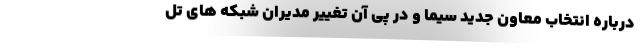
درباره انتخاب معاون جدید سیما و در پی آن تغییر مدیران شبکه های تل